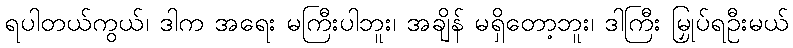
ရပါတယ်ကွယ်၊ ဒါက အရေး မကြီးပါဘူး၊ အချိန် မရှိတော့ဘူး၊ ဒါကြီး မြှုပ်ရဦးမယ်